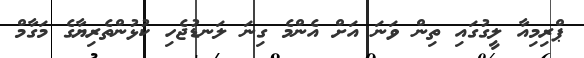
ޕްރިމިއާ ލީގުގައި ތިން ވަނަ އަށް އެންމެ ގިނަ ލަނޑުޖެހި ކުޅުންތެރިޔާގެ މަގާމް